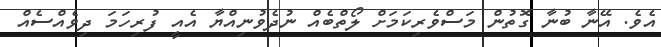
އެވެ. އޭނާ ބުނާ ގޮތުން މަސްވެރިކަމަށް ލޯތްބެއް ނުދެވުނިއްޔާ އެއީ ފުރިހަމަ ދިވެއްސެއް